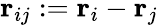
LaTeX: \mathbf{r}_{ij}:=\mathbf{r}_{i}-\mathbf{r}_{j}